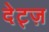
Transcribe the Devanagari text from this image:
देट्ज़